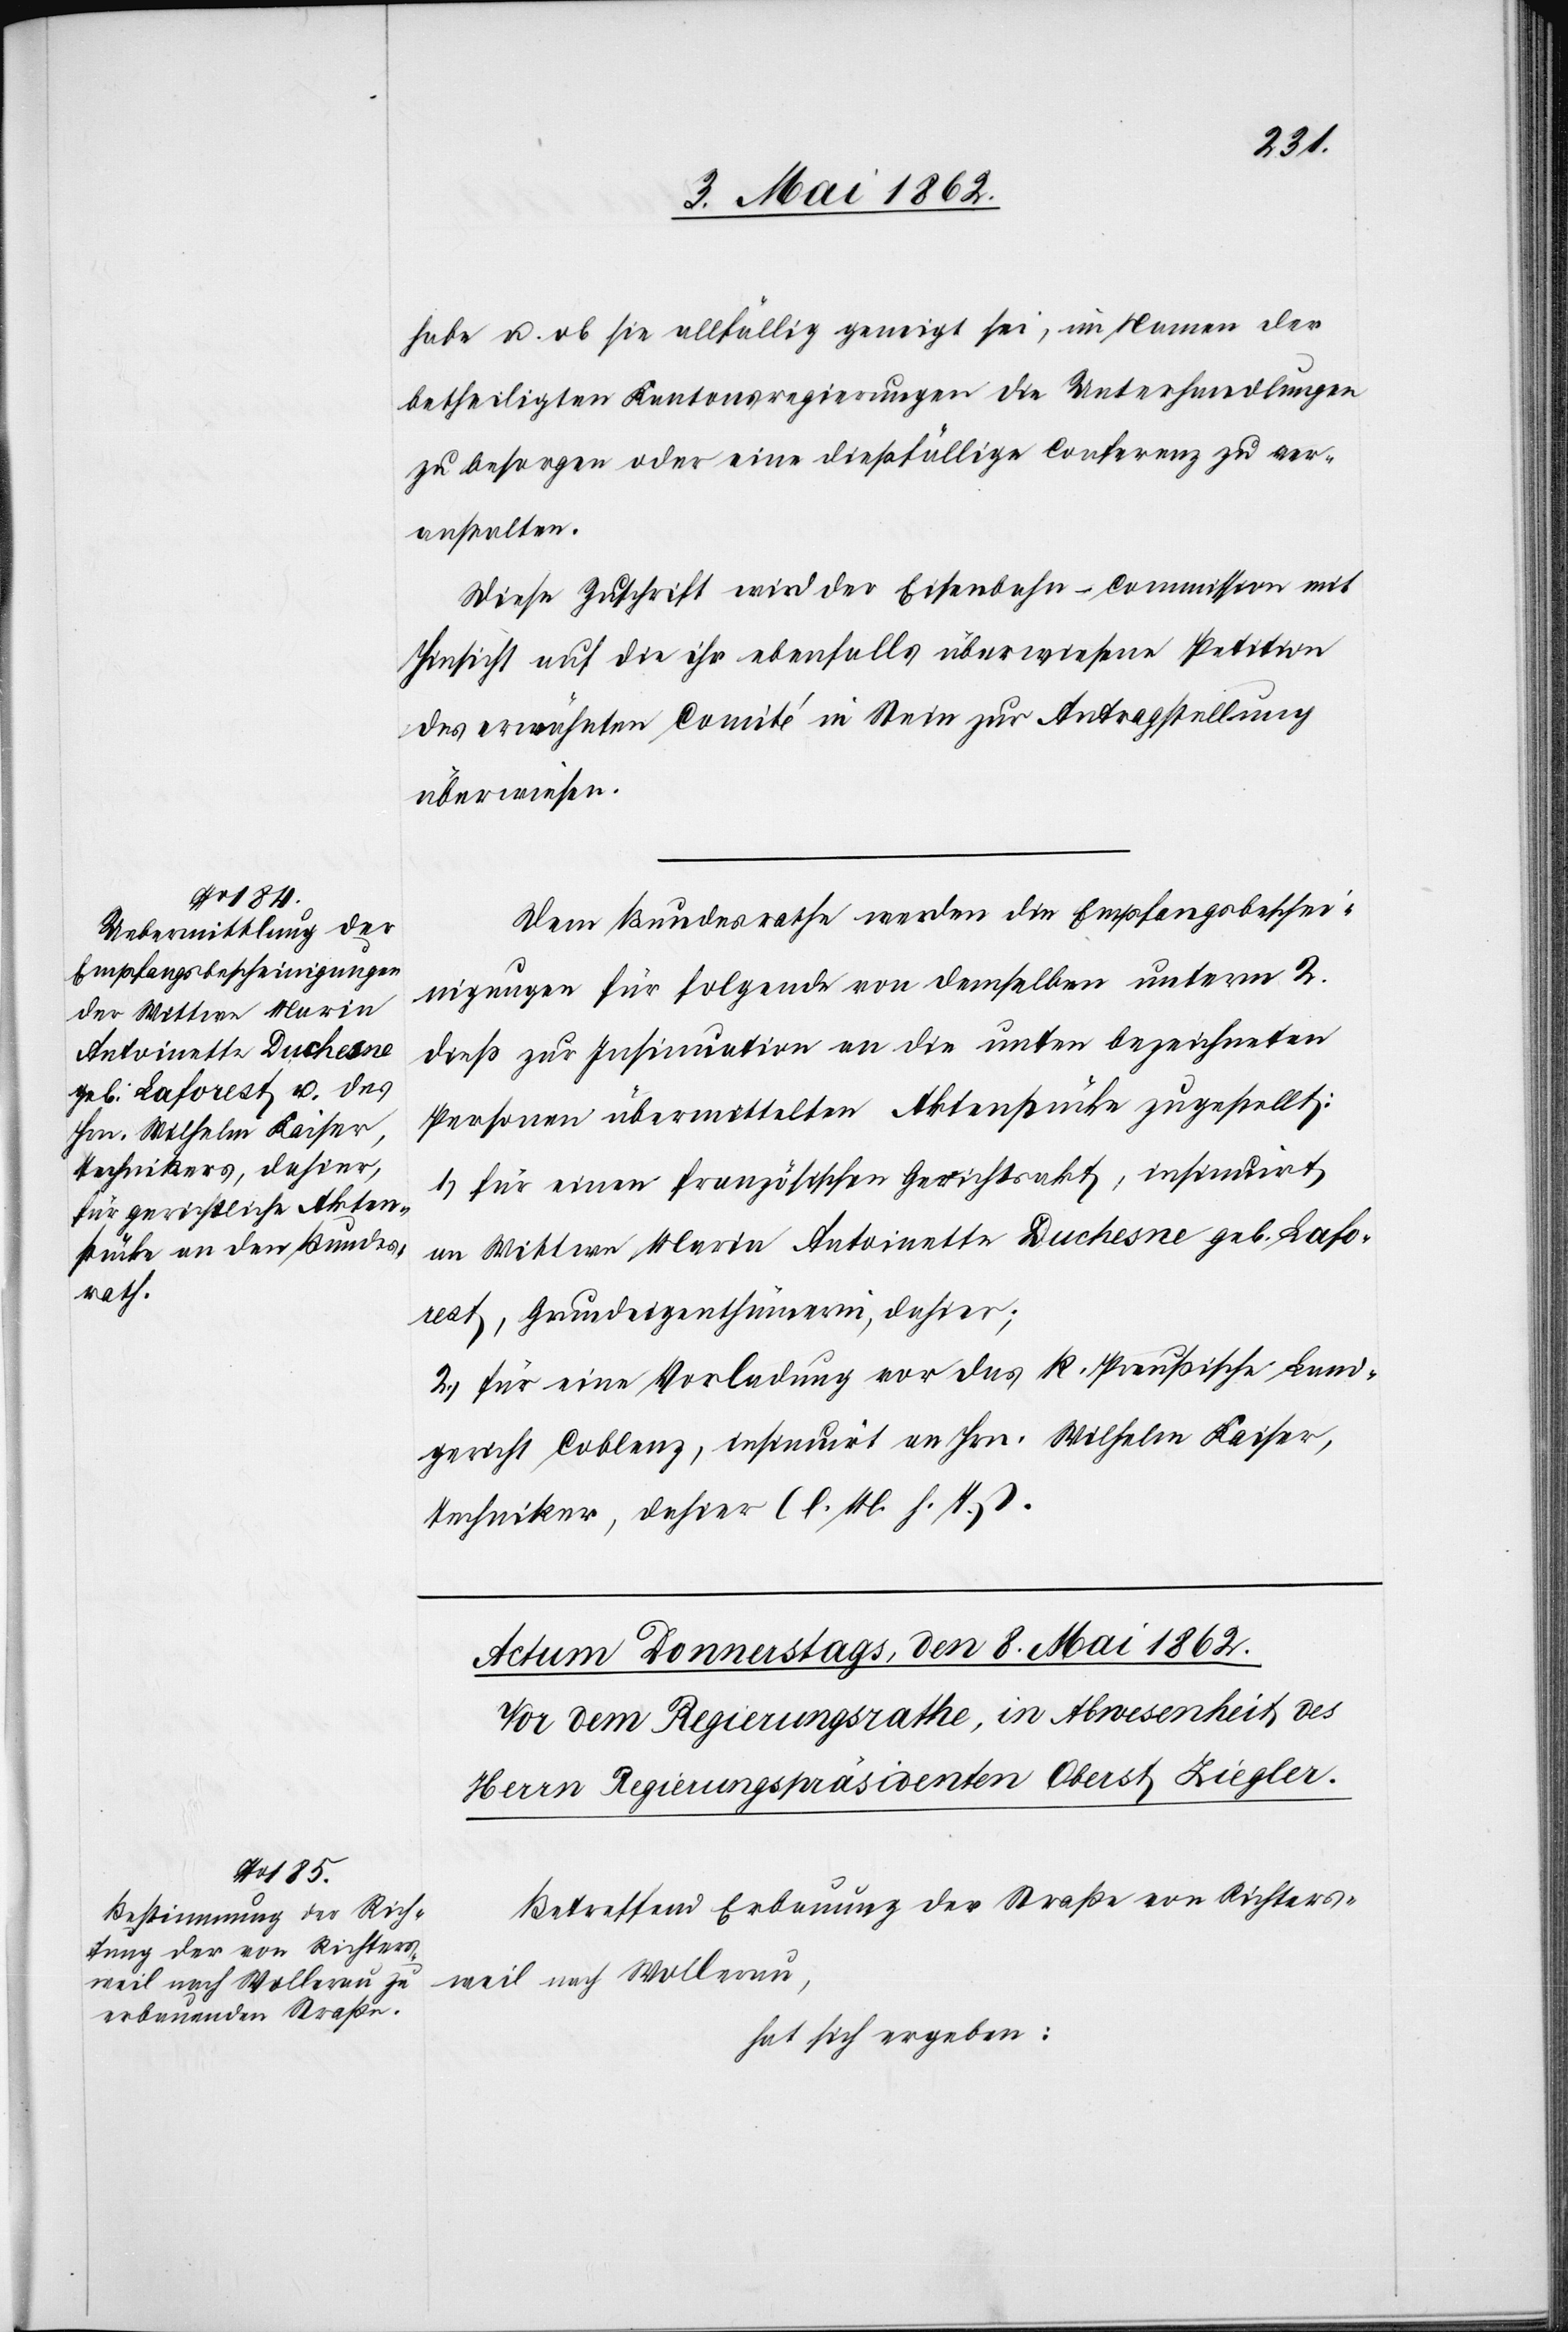
7. Mai 1862.]
habe u. ob sie allfällig geneigt sei, im Namen der
betheiligten Kantonsregierungen die Unterhandlungen
zu besorgen oder eine dießfällige Conferenz zu ver¬
anstalten.
Diese Zuschrift wird der Eisenbahn-Commission mit
Hinsicht auf die ihr ebenfalls überwiesene Petition
des erwähnten Comité in Stein zu Antragstellung
überwiesen.
Dem Bundesrathe werden die Empfangsbeschei¬
nigungen für folgende von demselben unterm 2.
dieß zur Insinuation an die unten bezeichneten
Personen übermittelten Aktenstücke zugestellt:
1) für einen französischen Gerichtsakt, insinuirt
an Wittwe Maria Antoinette Duchesne geb. Lafor¬
est, Grundeigenthümerin, dahier;
2. Für eine Vorladung vor das K. Preußische Land¬
gericht Coblenz, insinuirt an Hrn. Wilhelm Kaiser,
Techniker, dahier (l. M. h. T.).
Betreffend Erbauung der Straße von Richters¬
weil nach Wollerau,
hat sich ergeben: